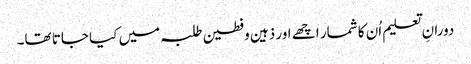
دورانِ تعلیم اُن کا شمار اچھے اور ذہین وفطین طلبہ میں کیا جاتا تھا۔